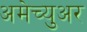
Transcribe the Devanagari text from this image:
अमेच्युअर